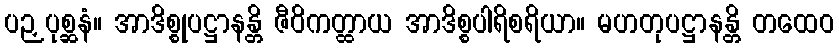
ပဉှပုစ္ဆနံ။ အာဒိစ္စုပဋ္ဌာနန္တိ ဇီဝိကတ္ထာယ အာဒိစ္စပါရိစရိယာ။ မဟတုပဋ္ဌာနန္တိ တထေဝ